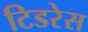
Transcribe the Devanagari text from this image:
टिडरेस